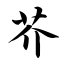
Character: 芥